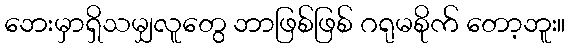
ဘေးမှာရှိသမျှလူတွေ ဘာဖြစ်ဖြစ် ဂရုမစိုက် တော့ဘူး။